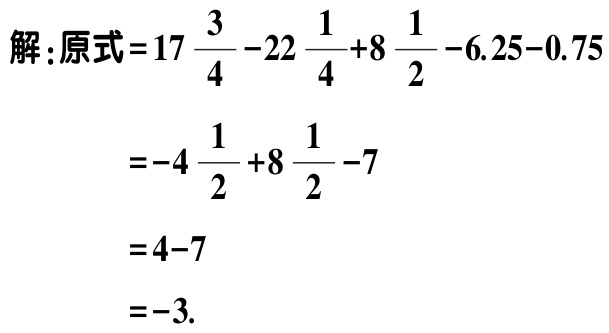
解：原式\(=17\frac{3}{4}-22\frac{1}{4}+8\frac{1}{2}-6.25 - 0.75\)

\(=-4\frac{1}{2}+8\frac{1}{2}-7\)

\(=4 - 7\)

\(=-3\).